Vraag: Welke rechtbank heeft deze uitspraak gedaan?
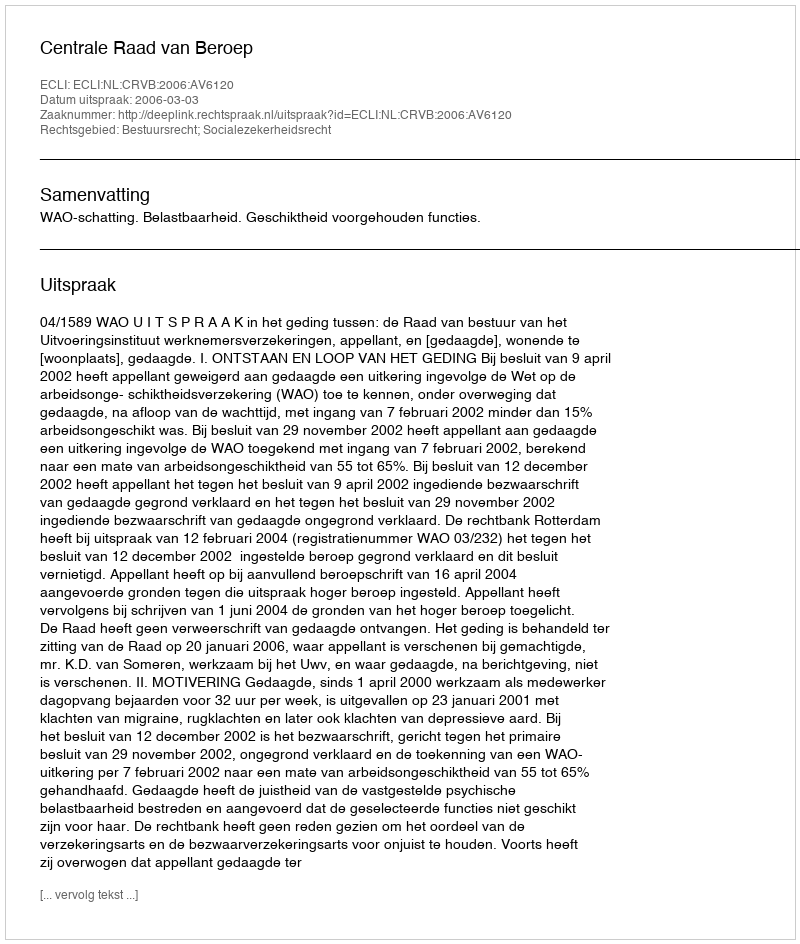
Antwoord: Centrale Raad van Beroep